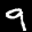
Label: 9